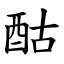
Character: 酤